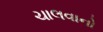
ચાલવાનો